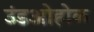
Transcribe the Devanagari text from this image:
उंडओहोळ